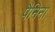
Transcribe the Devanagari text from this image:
पैनिना